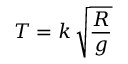
T = k \, { \sqrt { \frac { R } { g } } }